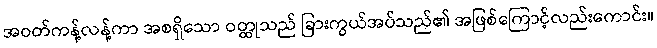
အဝတ်ကန့်လန့်ကာ အစရှိသော ဝတ္ထုသည် ခြားကွယ်အပ်သည်၏ အဖြစ်ကြောင့်လည်းကောင်း။